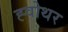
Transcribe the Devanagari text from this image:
ह्वोथर